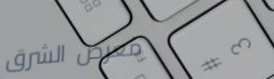
معرض الشرق